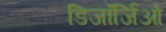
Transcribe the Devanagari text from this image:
डिजॉर्जिओ